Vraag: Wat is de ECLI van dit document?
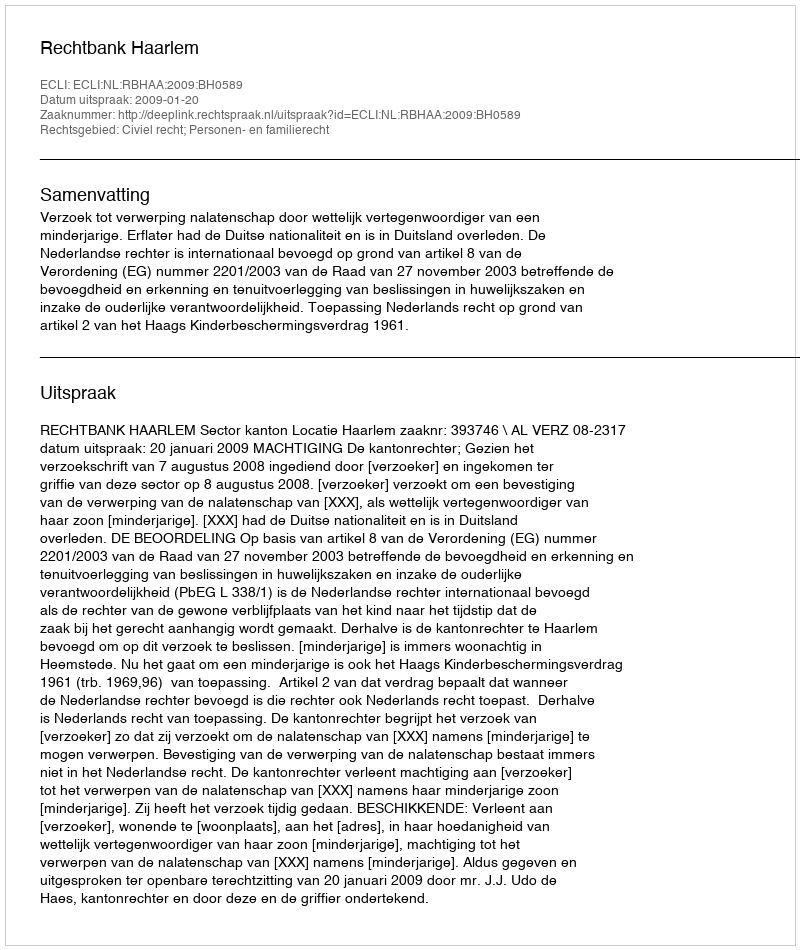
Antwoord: ECLI:NL:RBHAA:2009:BH0589